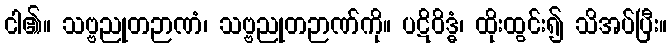
ငါ၏။ သဗ္ဗညုတဉာဏံ၊ သဗ္ဗညုတဉာဏ်ကို။ ပဋိဝိဒ္ဓံ၊ ထိုးထွင်း၍ သိအပ်ပြီး။